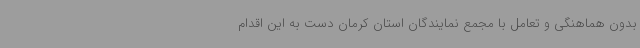
بدون هماهنگی و تعامل با مجمع نمایندگان استان کرمان دست به این اقدام